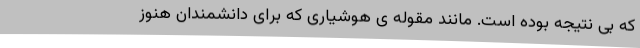
که بی نتیجه بوده است. مانند مقوله ی هوشیاری که برای دانشمندان هنوز